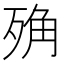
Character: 𣨍